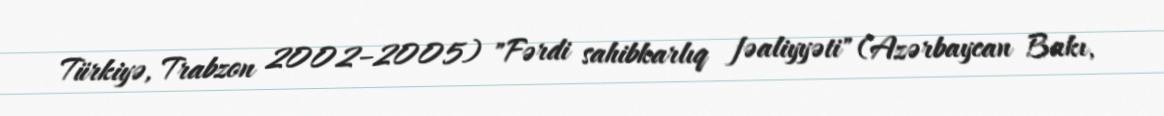
Türkiyə, Trabzon 2002–2005) "Fərdi sahibkarlıq fəaliyyəti" (Azərbaycan Bakı,